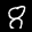
Label: 8